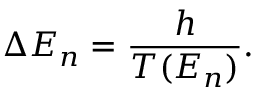
\Delta E _ { n } = { \frac { h } { T ( E _ { n } ) } } .